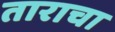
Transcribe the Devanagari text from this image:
ताराचा